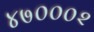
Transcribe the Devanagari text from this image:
४७०००२